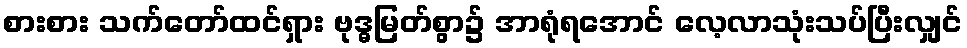
စားစား သက်တော်ထင်ရှား ဗုဒ္ဓမြတ်စွာ၌ အာရုံရအောင် လေ့လာသုံးသပ်ပြီးလျှင်